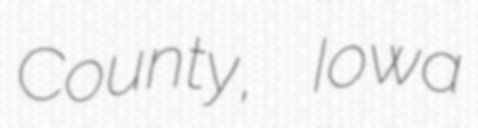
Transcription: County, Iowa